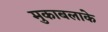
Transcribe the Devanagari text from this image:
मुकाबलाके